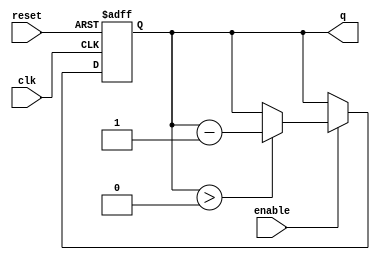
module binary_down_counter #(
    parameter N = 4 // Parameter to define number of bits
) (
    input wire clk,      // Clock input
    input wire reset,    // Active high reset
    input wire enable,   // Enable counting
    output reg [N-1:0] q // n-bit output for current count
);

    // Define maximum count value
    localparam MAX_COUNT = (1 << N) - 1;

    always @(posedge clk or posedge reset) begin
        if (reset) begin
            // Reset to maximum count value
            q <= MAX_COUNT;
        end else if (enable) begin
            if (q > 0) begin
                // Decrement the count if it is greater than zero
                q <= q - 1;
            end
            // If q is already zero, it remains zero
        end
        // If not enabled, retain the current count value
    end

endmodule